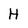
Character: H